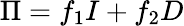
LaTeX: \Pi=f_{1}I+f_{2}D